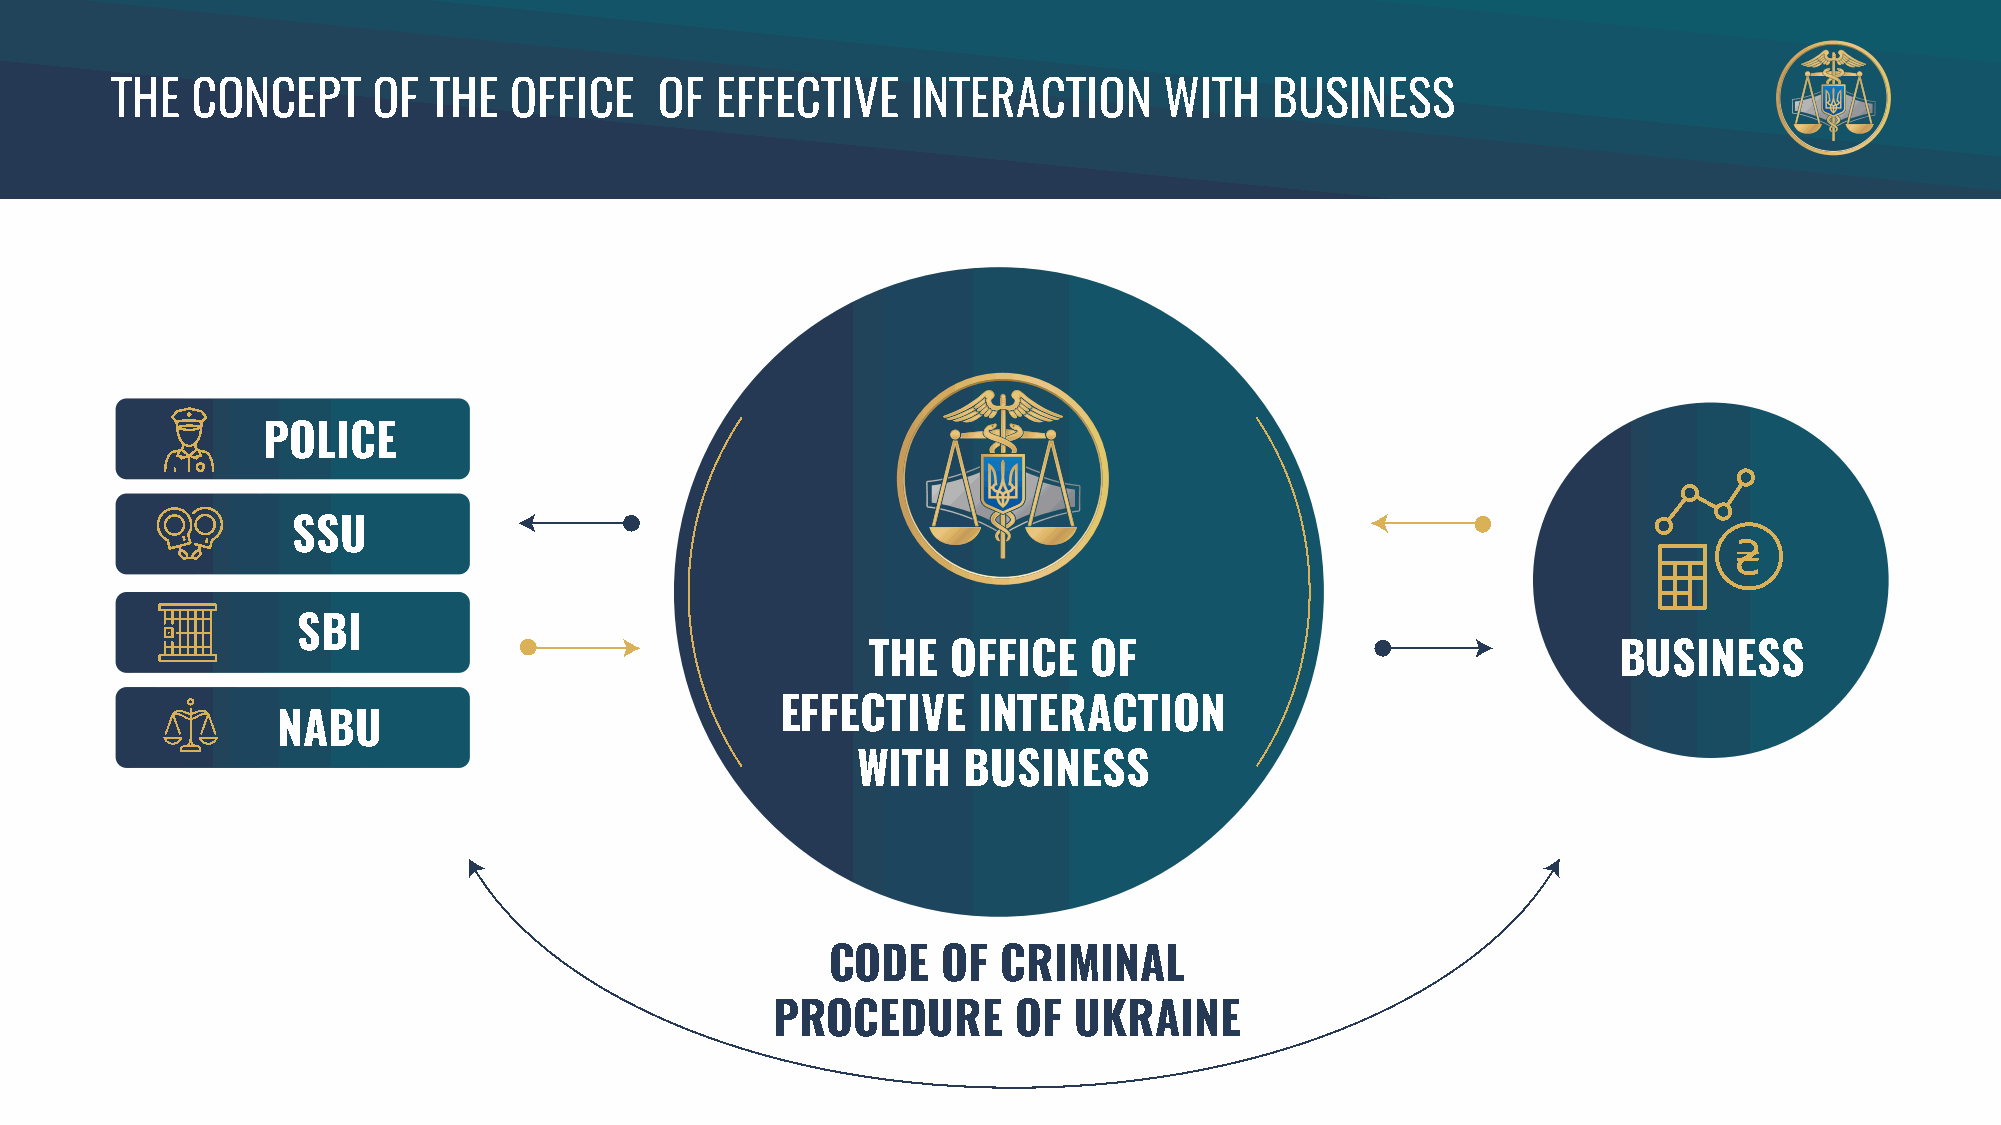
THE   CONCEPT     OF THE   OFFICE    OF EFFECTIVE    INTERACTION      WITH   BUSINESS
 POLICE
 SSU
 SBI
 THE   OFFICE   OF                                 BUSINESS
 EFFECTIVE    INTERACTION
 NABU
 WITH   BUSINESS
 CODE   OF  CRIMINAL
 PROCEDURE       OF  UKRAINE